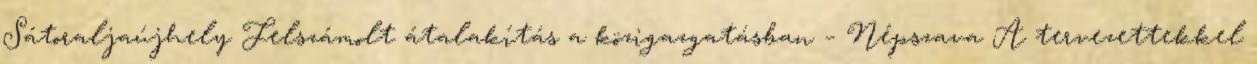
Sátoraljaújhely Felszámolt átalakítás a közigazgatásban – Népszava A tervezettekkel